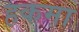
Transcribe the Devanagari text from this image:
हकमा